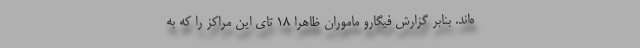
ه‌اند. بنابر گزارش فیگارو ماموران ظاهراً ۱۸ تای این مراکز را که به